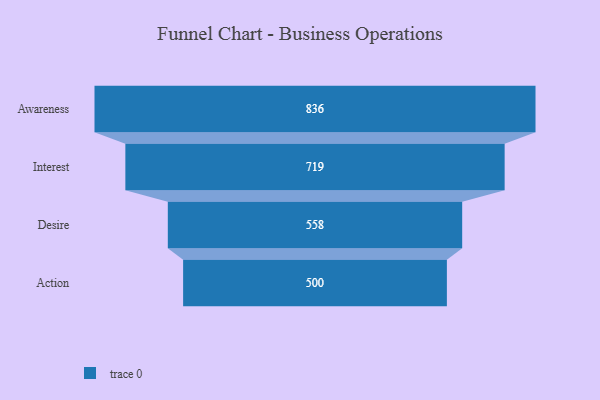
{"axis": {"x": "Stage", "y": "Value"}, "legend": [""], "data": [{"x": "Awareness", "y": 836.0, "type": ""}, {"x": "Interest", "y": 719.0, "type": ""}, {"x": "Desire", "y": 558.0, "type": ""}, {"x": "Action", "y": 500, "type": ""}]}